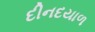
દીનદયાળ